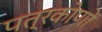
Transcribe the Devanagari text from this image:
पत्रकोणों